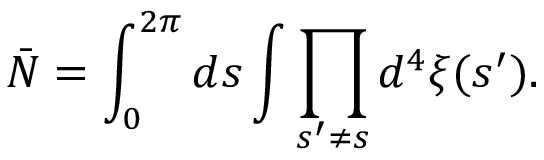
{ \bar { N } } = \int _ { 0 } ^ { 2 \pi } d s \int \prod _ { s ^ { \prime } \neq s } d ^ { 4 } \xi ( s ^ { \prime } ) .